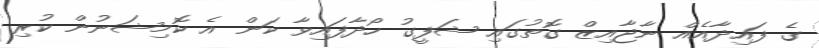
ގެ ފައިދާއެއް ނާޖާއިޒް ގޮތުގައި ޝަފީގު ހޯދާފައިވާ ކަން އެ ކޮމިޝަނުން ކުރި